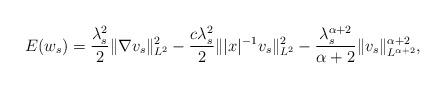
LaTeX: \begin{align*}E(w_s) = \frac{\lambda_s^2 }{2} \|\nabla v_s\|^2_{L^2} -\frac{c \lambda_s^2 }{2} \||x|^{-1} v_s\|^2_{L^2} -\frac{\lambda_s^{\alpha+2}}{\alpha+2} \|v_s\|^{\alpha+2}_{L^{\alpha+2}},\end{align*}